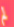
لم